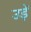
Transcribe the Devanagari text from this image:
उड़ें